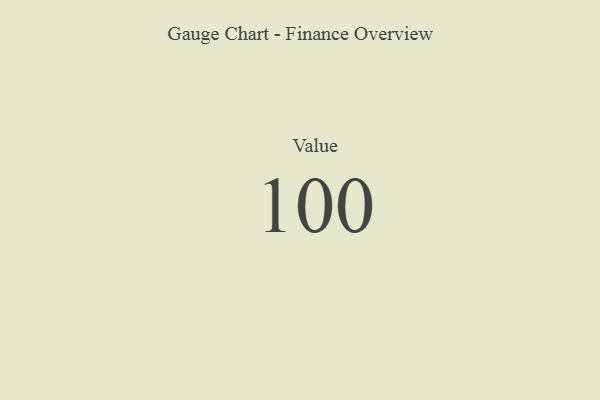
{"axis": {"x": "Metric", "y": "Value"}, "legend": [""], "data": [{"x": "Value", "y": 100, "type": ""}]}